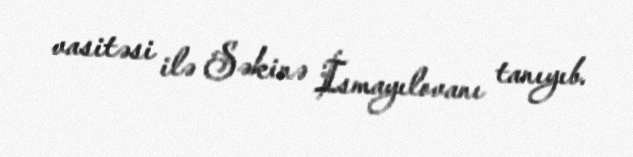
vasitəsi ilə Səkinə İsmayılovanı tanıyıb.